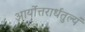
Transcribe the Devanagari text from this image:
आर्योत्तरार्धतुल्यं